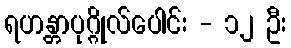
ရဟန္တာပုဂ္ဂိုလ်ပေါင်း - ၁၂ ဦး